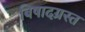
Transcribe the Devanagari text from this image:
बिषादग्रस्त